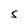
Character: 5